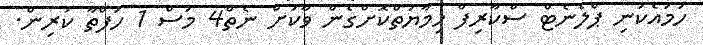
ހަމައެކަނި ޕްލެނެޓް ސްކާރިފް ހިމާޔަތްކޮށްގެން ވާކަށް ނެތް4 މަސް 1 ހަފްތާ ކުރިން.